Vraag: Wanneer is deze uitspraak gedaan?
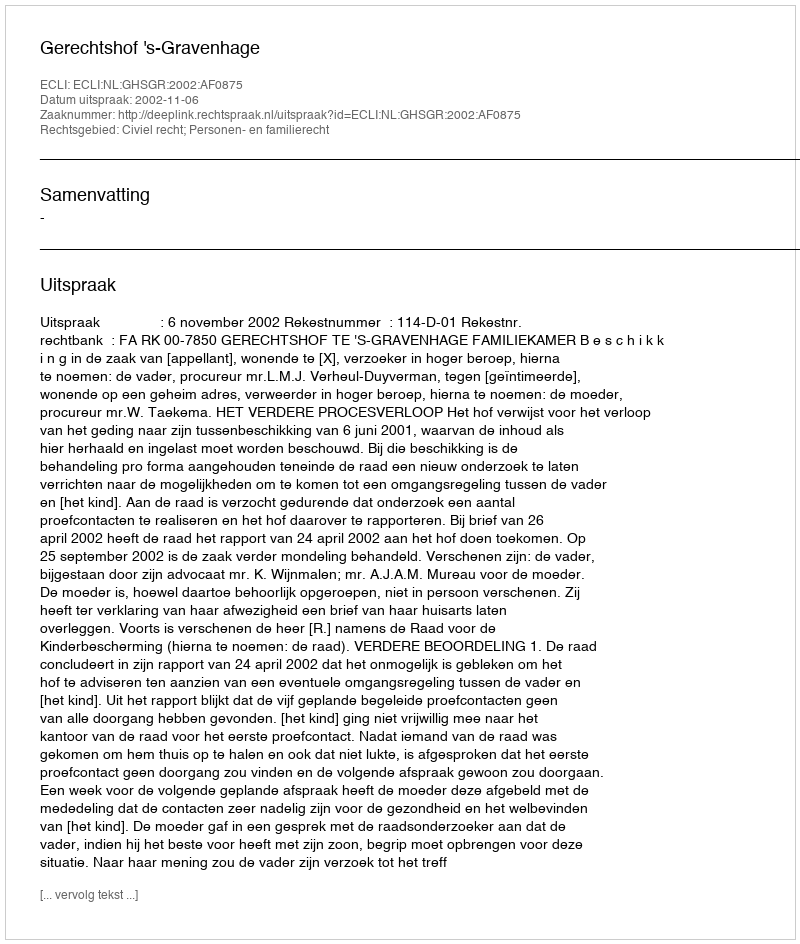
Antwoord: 2002-11-06